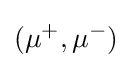
(\mu ^{+},\mu ^{-})